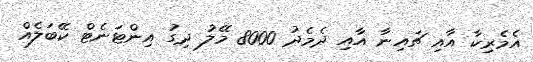
އެމެރިކާ އާއި ޗައިނާ އާއި ދެމެދު 8000 މޭލު ދިގު އިންޓަނެޓް ކޭބަލެއް